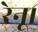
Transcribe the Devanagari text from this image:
रेनू।